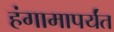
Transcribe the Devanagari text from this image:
हंगामापर्यंत